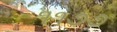
૧૧૭૭